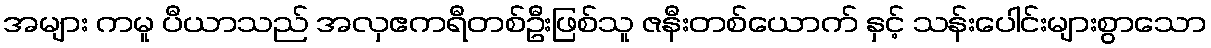
အများ ကမူ ပီယာသည် အလှဧကရီတစ်ဦးဖြစ်သူ ဇနီးတစ်ယောက် နှင့် သန်းပေါင်းများစွာသော